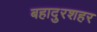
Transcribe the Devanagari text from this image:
बहादुरशहर